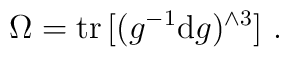
\Omega={\rm tr}\,[(g^{-1} {\rm d}g )^{\wedge 3}]~.